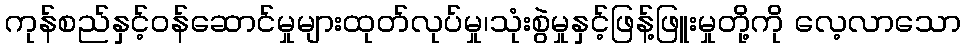
ကုန်စည်နှင့်ဝန်ဆောင်မှုများထုတ်လုပ်မှု၊သုံးစွဲမှုနှင့်ဖြန့်ဖြူးမှုတို့ကို လေ့လာသော